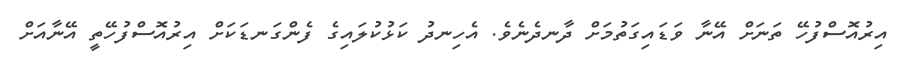
އިރުއޮސްފުހޭ ތަނަށް އޭނާ ވަޑައިގަތުމަށް ދާނދެނެވެ. އެހިނދު ކަޅުކުލައިގެ ފެންގަނޑަކަށް އިރުއޮސްފުހޭތީ އޭނާއަށް